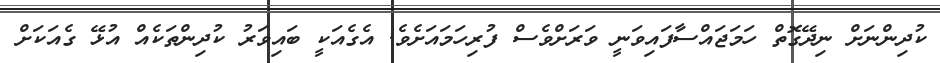
ކުދިންނަށް ނިދޭގޮތް ހަމަޖައްސާފައިވަނީ ވަރަށްވެސް ފުރިހަމައަށެވެ. އެގެއަކީ ބައިވަރު ކުދިންތަކެއް އުޅޭ ގެއަކަށް